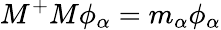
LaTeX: M^{+}M\phi_{\alpha}=m_{\alpha}\phi_{\alpha}